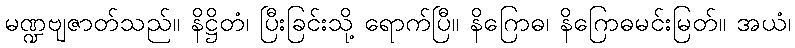
မဏ္ဍဗျဇာတ်သည်။ နိဋ္ဌိတံ၊ ပြီးခြင်းသို့ ရောက်ပြီ။ နိဂြောဓ၊ နိဂြောဓမင်းမြတ်။ အယံ၊